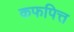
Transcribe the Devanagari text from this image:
कफपित्त